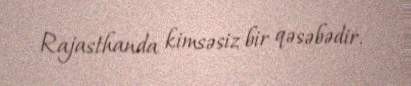
Rajasthanda kimsəsiz bir qəsəbədir.